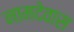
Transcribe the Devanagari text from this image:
नामदेवास